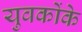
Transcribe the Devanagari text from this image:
युवकोंके